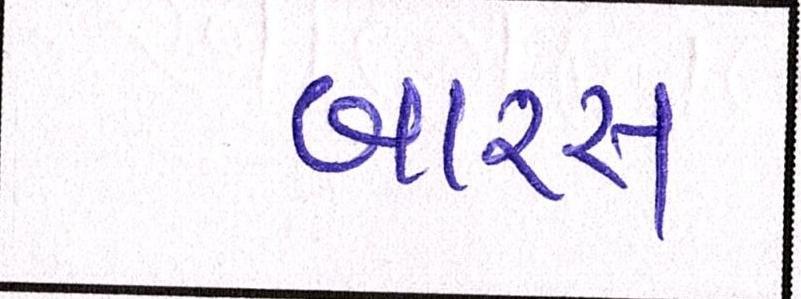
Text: બારસ